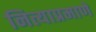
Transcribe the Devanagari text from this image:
नित्याप्रमाणे